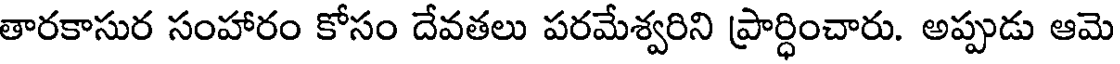
తారకాసుర సంహారం కోసం దేవతలు పరమేశ్వరిని ప్రార్ధించారు. అప్పుడు ఆమె